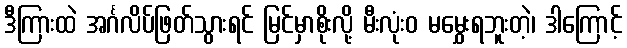
ဒီကြားထဲ အင်္ဂလိပ်ဖြတ်သွားရင် မြင်မှာစိုးလို့ မီးလုံးဝ မမွှေးရဘူးတဲ့၊ ဒါကြောင့်